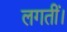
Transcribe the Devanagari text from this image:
लगतीं।